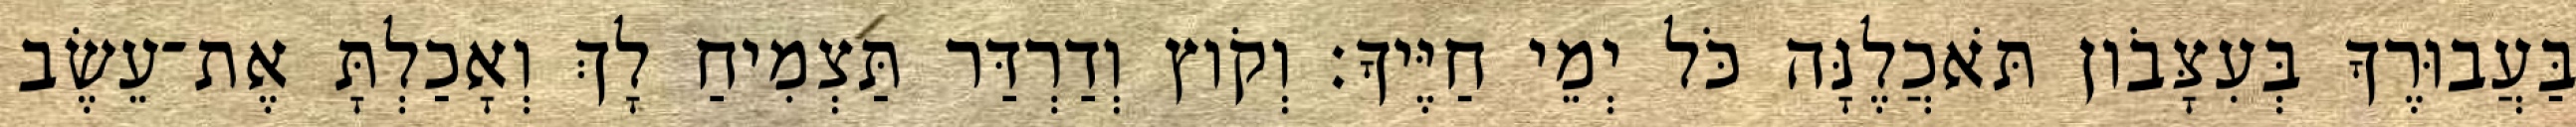
בַּעֲבוּרֶךָ בְּעִצָּבֹון תֹּאכֲלֶנָּה כֹּל יְמֵי חַיֶּיךָ׃ וְקֹוץ וְדַרְדַּר תַּצְמִיחַ לָךְ וְאָכַלְתָּ אֶת־עֵשֶׂב